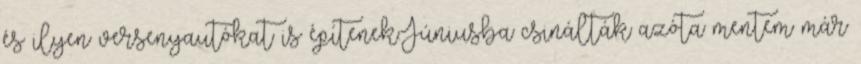
és ilyen versenyautókat is építenek.Júniusba csinálták azóta mentem már